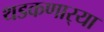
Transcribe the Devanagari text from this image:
थडकणार्‍या